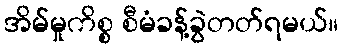
အိမ်မှုကိစ္စ စီမံခန့်ခွဲတတ်ရမယ်။